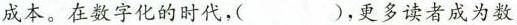
成本。在数字化的时代，( )，更多读者成为数